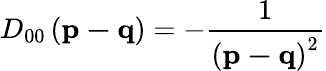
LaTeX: D_{00}\left(\mathbf{p-q}\right)=-\frac{1}{\left(\mathbf{p-q}\right)^{2}}